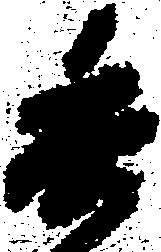
委